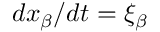
d x _ { \beta } / d t = \xi _ { \beta }